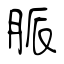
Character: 脈